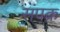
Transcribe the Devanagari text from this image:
संपक्र